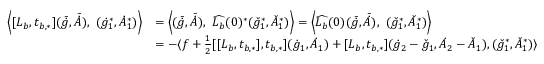
\begin{array} { r l } { \Big \langle [ L _ { b } , t _ { b , * } ] ( \bar { \dot { g } } , \bar { \dot { A } } ) , \ ( \dot { g } _ { 1 } ^ { * } , \dot { A } _ { 1 } ^ { * } ) \Big \rangle } & { = \Big \langle ( \bar { \dot { g } } , \bar { \dot { A } } ) , \ \widehat { L _ { b } } ( 0 ) ^ { * } ( \check { g } _ { 1 } ^ { * } , \check { A } _ { 1 } ^ { * } ) \Big \rangle = \Big \langle \widehat { L _ { b } } ( 0 ) ( \bar { \dot { g } } , \bar { \dot { A } } ) , \ ( \check { g } _ { 1 } ^ { * } , \check { A } _ { 1 } ^ { * } ) \Big \rangle } \\ & { = - \langle f + \frac { 1 } { 2 } [ [ L _ { b } , t _ { b , * } ] , t _ { b , * } ] ( \dot { g } _ { 1 } , \dot { A } _ { 1 } ) + [ L _ { b } , t _ { b , * } ] ( \dot { g } _ { 2 } - \check { g } _ { 1 } , \dot { A } _ { 2 } - \check { A } _ { 1 } ) , ( \check { g } _ { 1 } ^ { * } , \check { A } _ { 1 } ^ { * } ) \rangle } \end{array}